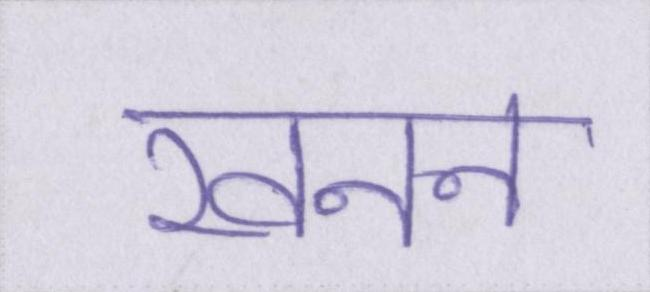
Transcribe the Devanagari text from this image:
खनन